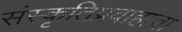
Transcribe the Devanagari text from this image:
संस्कृतिप्रवाहांचा